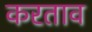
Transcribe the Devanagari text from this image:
करताव